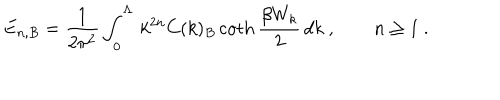
LaTeX: E _ { n , B } = \frac 1 { 2 \pi ^ { 2 } } \int _ { 0 } ^ { \Lambda } \, k ^ { 2 n } C ( k ) _ { B } \coth \frac { \beta W _ { k } } 2 \, d k \ , \qquad n \ge 1 \ .